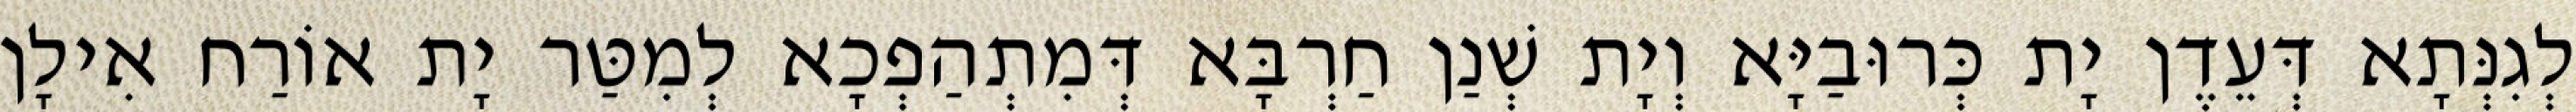
לְגִנְּתָא דְּעֵדֶן יָת כְּרוּבַיָּא וְיָת שְׁנַן חַרְבָּא דְּמִתְהַפְכָא לְמִטַּר יָת אוֹרַח אִילָן